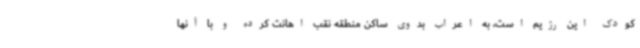
کودک این رژیم است، به اعراب بدوی ساکن منطقه نقب اهانت کرده و با آنها